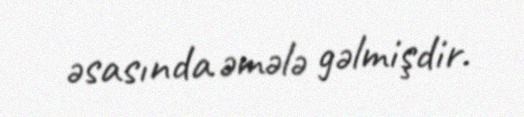
əsasında əmələ gəlmişdir.